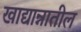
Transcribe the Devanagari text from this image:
खाद्यान्नातील